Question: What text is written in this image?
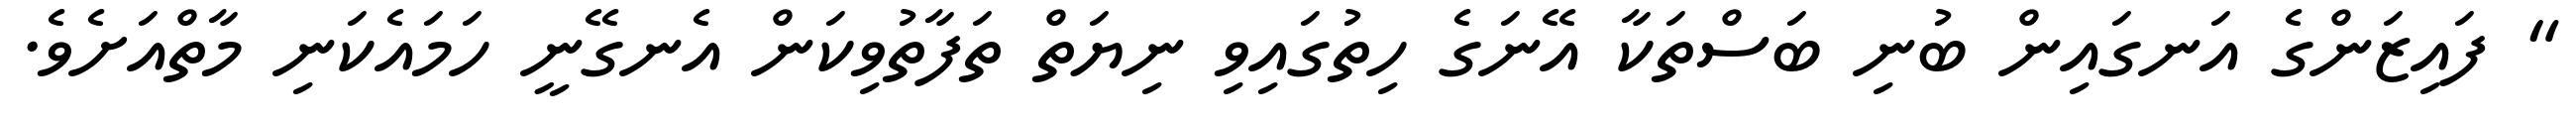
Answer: " ފައިޒަންގެ އަނގައިން ބުނި ބަސްތަކާ އޭނަގެ ހިތުގައިވި ނިޔަތް ތަފާތުވިކަން އެނގޭނީ ހަމައެކަނި މާތްއަށެވެ.